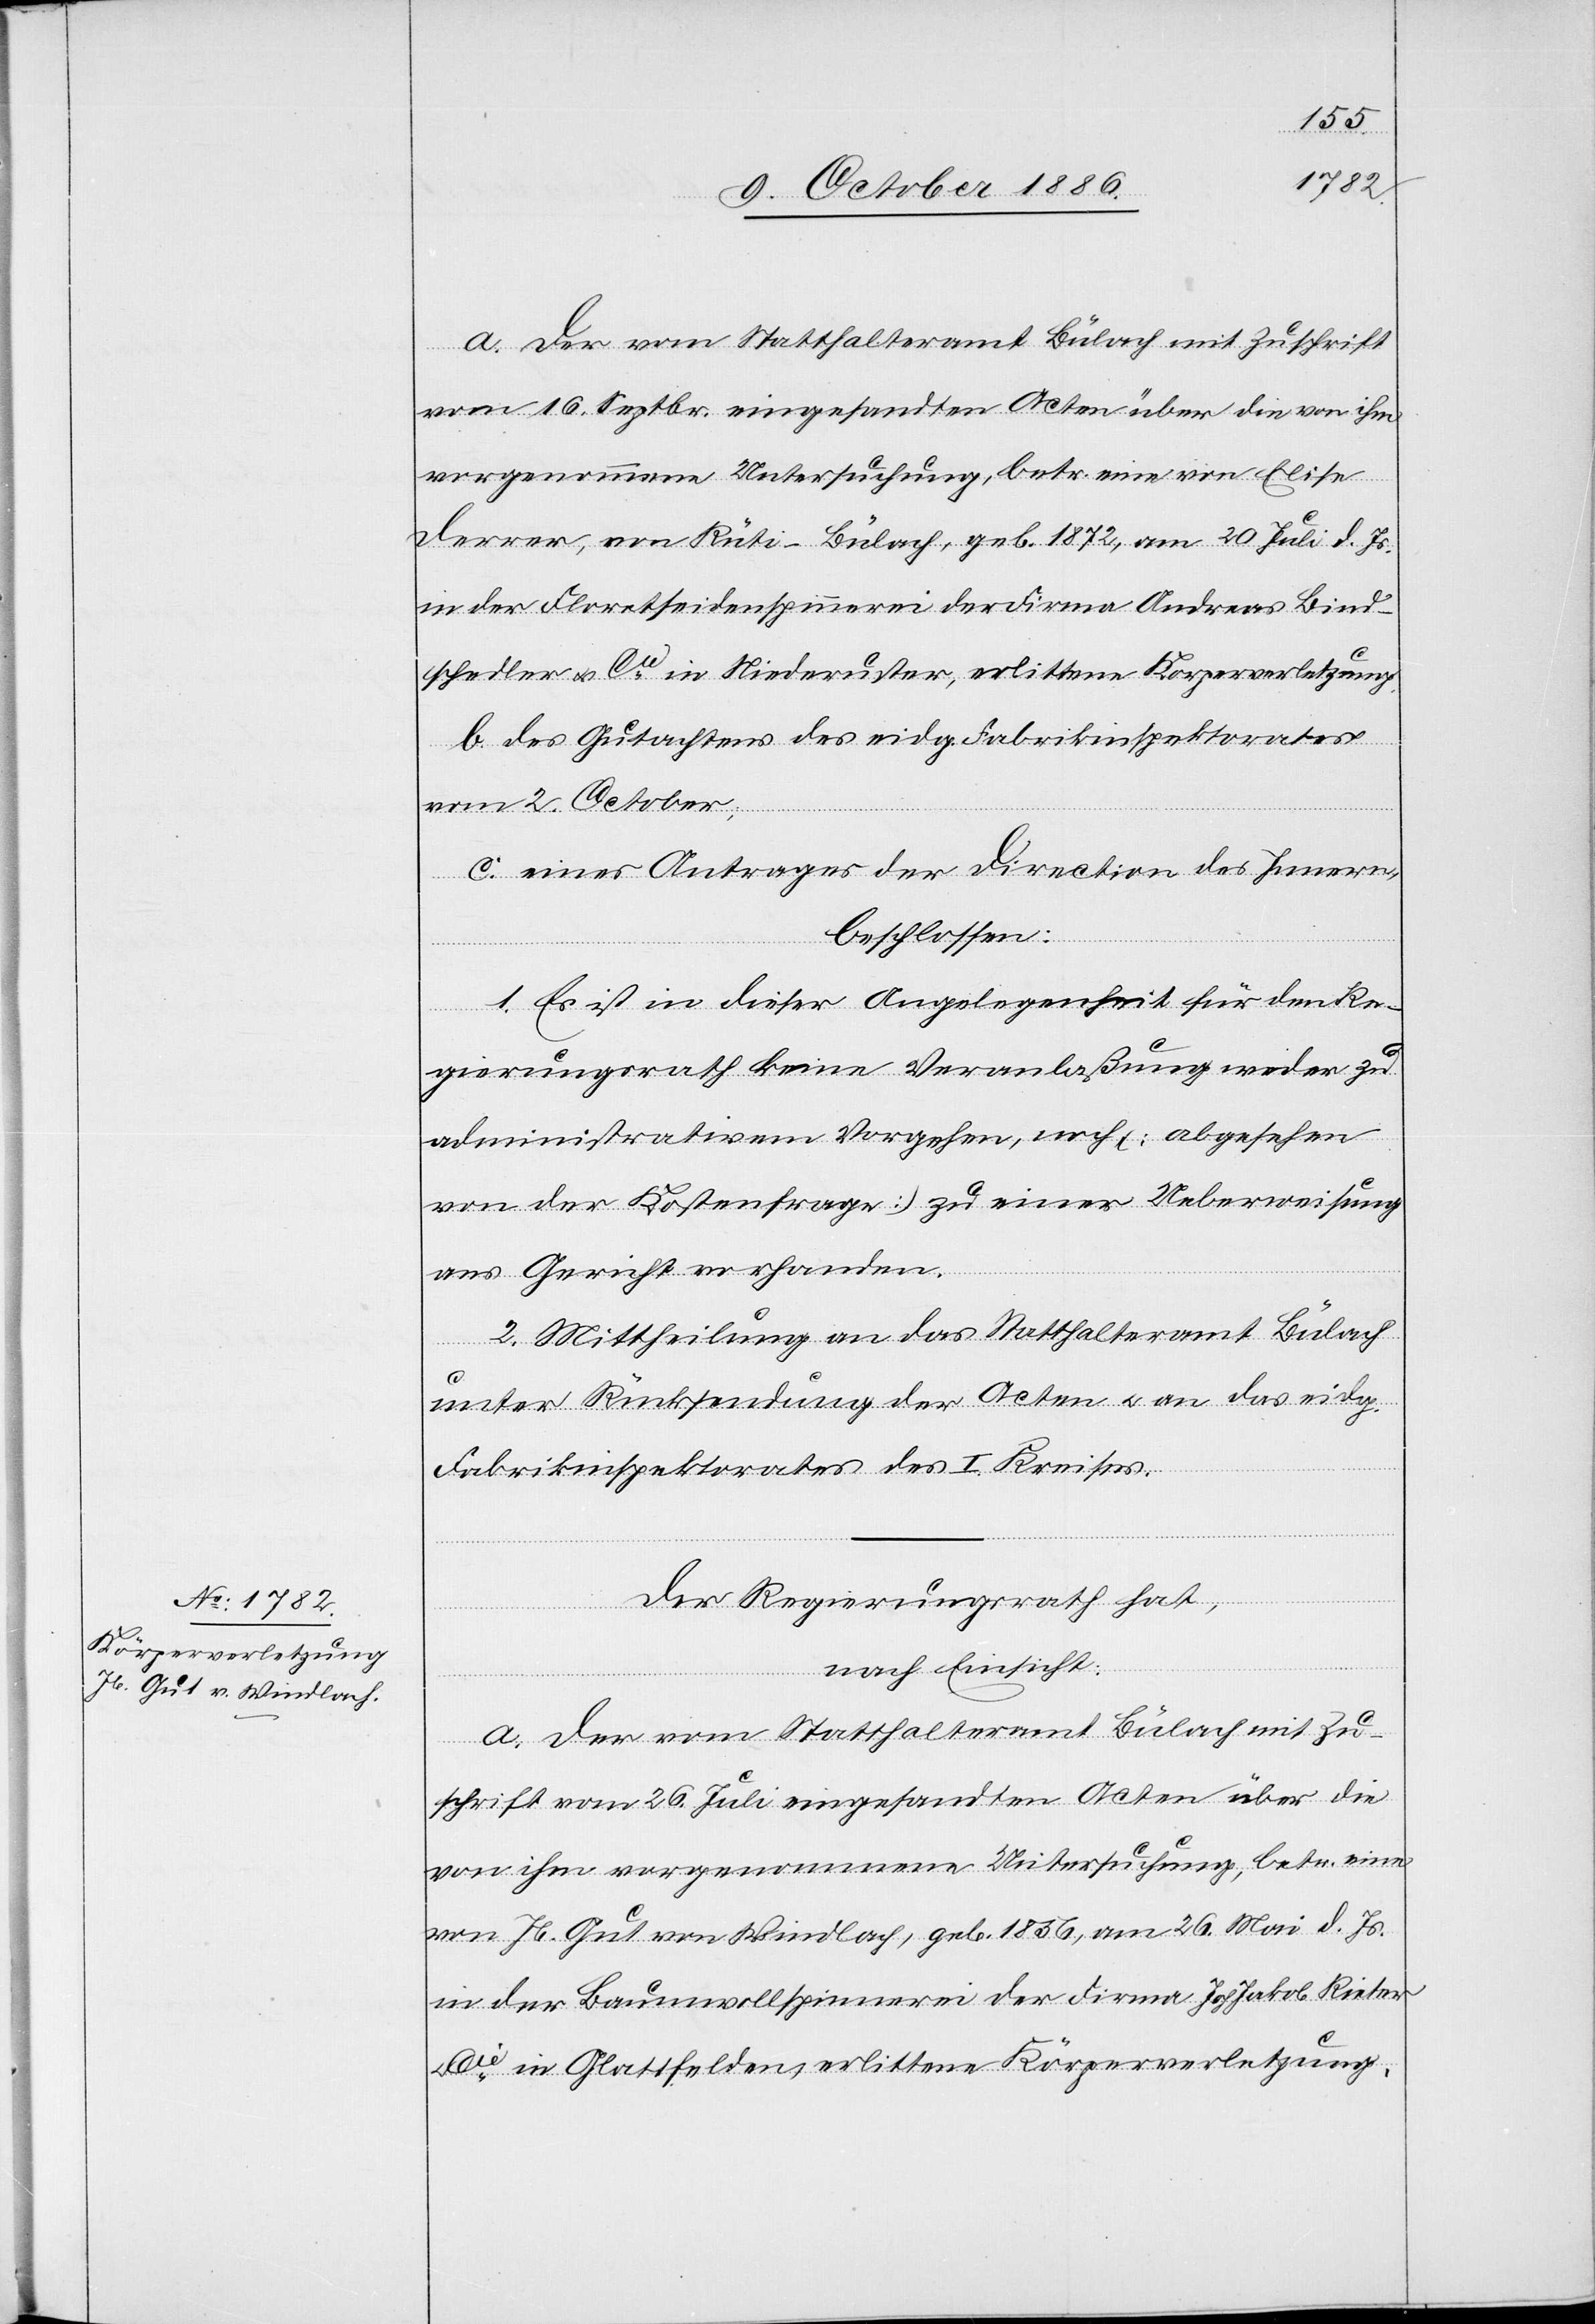
a. Der vom Statthalteramt Bülach mit Zuschrift
vom 16. Septbr. eingesandten Acten über die von ihm
vorgenommene Untersuchung, betr. eine von Elise
Derrer, von Rüti - Bülach, geb. 1872, am 20. Juli d. Js.
in der Floretseidenspinnerei der Firma Andreas Bind¬
schedler & Cie in Niederuster, erlittene Körperverletzung.
b. des Gutachtens des eidg. Fabrikinspektorates
vom 2. October,
c. eines Antrages der Direction des Innern,
beschlossen:
1. Es ist in dieser Angelegenheit für den Re¬
gierungsrath keine Veranlaßung weder zu
administrativem Vorgehen, noch (abgesehen
von der Kostenfrage) zu einer Ueberweisung
ans Gericht vorhanden.
2. Mittheilung an das Statthalteramt Bülach
unter Rücksendung der Acten & an das eidg.
Fabrikinspektorates des I. Kreises.
Der Regierungsrath hat,
nach Einsicht:
a. Der vom Statthalteramt Bülach mit Zu¬
schrift vom 26. Juli eingesandten Acten über die
von ihm vorgenommene Untersuchung, betr. eine
von Jb. Gut von Windlach, geb. 1836, am 26. Mai d. Js.
in der Baumwollspinnerei der Firma Joh. Jakob Rieter
Cie in Glattfelden, erlittene Körperverletzung,